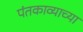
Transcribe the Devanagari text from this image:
पंतकाव्याच्या